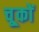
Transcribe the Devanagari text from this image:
चू्कों